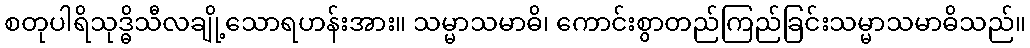
စတုပါရိသုဒ္ဓိသီလချို့သောရဟန်းအား။ သမ္မာသမာဓိ၊ ကောင်းစွာတည်ကြည်ခြင်းသမ္မာသမာဓိသည်။